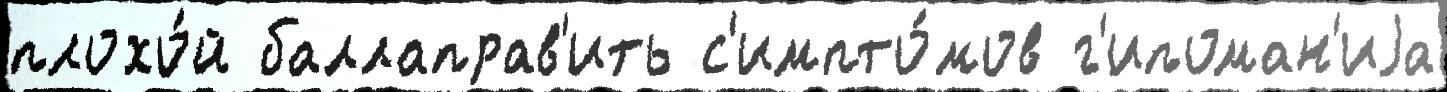
плохо́й баллаправ'ить с'импто́мов г'ипоман'иjа